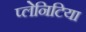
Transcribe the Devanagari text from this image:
प्लेनिटिया